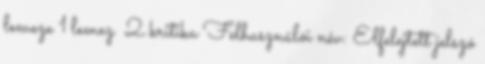
lemeze 1 lemez 2 kritika Felhasználói név: Elfelejtett jelszó